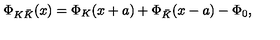
\Phi _ { K \bar { K } } ( x ) = \Phi _ { K } ( x + a ) + \Phi _ { \bar { K } } ( x - a ) - \Phi _ { 0 } ,